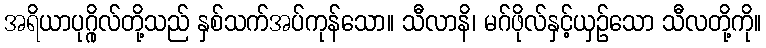
အရိယာပုဂ္ဂိုလ်တို့သည် နှစ်သက်အပ်ကုန်သော။ သီလာနိ၊ မဂ်ဖိုလ်နှင့်ယှဉ်သော သီလတို့ကို။